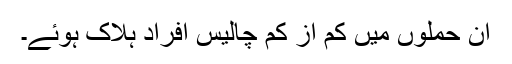
ان حملوں میں کم از کم چالیس افراد ہلاک ہوئے۔